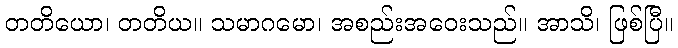
တတိယော၊ တတိယ။ သမာဂမော၊ အစည်းအဝေးသည်။ အာသိ၊ ဖြစ်ပြီ။